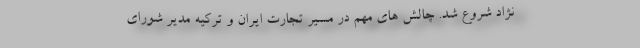
نژاد شروع شد. چالش های مهم در مسیر تجارت ایران و ترکیه مدیر شورای